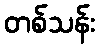
တစ်သန်း